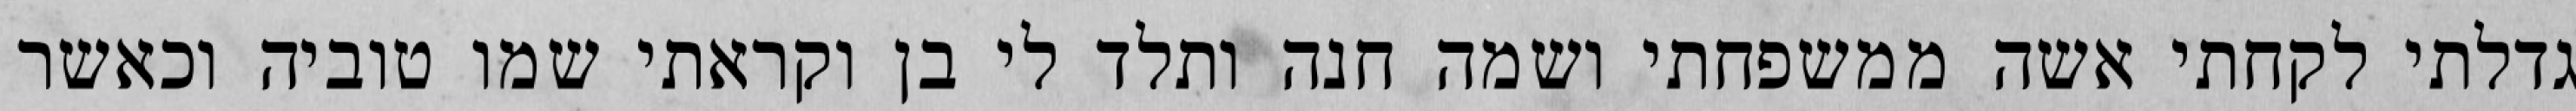
גדלתי לקחתי אשה ממשפחתי ושמה חנה ותלד לי בן וקראתי שמו טוביה וכאשר